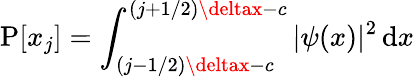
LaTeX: \operatorname{P}[x_{j}]=\int_{(j-1/2)\deltax-c}^{(j+1/2)\deltax-c}|\psi(x)|^{2}\, \mathrm{d}x